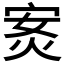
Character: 𭴣